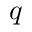
q